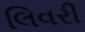
લિવરી